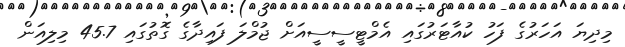
މިދިޔަ އަހަރުގެ ފަހު ކުއާޓަރުގައި އެމްޓީސީސީއަށް ޖުމްލަ ފައިދާގެ ގޮތުގައި 45.7 މިލިއަން